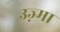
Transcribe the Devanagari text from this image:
उज़्मा